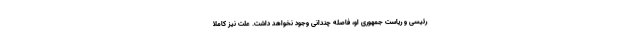
رئیسی و ریاست جمهوری او، فاصله چندانی وجود نخواهد داشت. علت نیز کاملاً